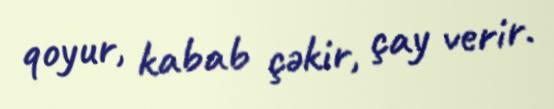
qoyur, kabab çəkir, çay verir.